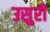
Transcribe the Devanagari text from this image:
उसुरी